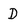
Character: D